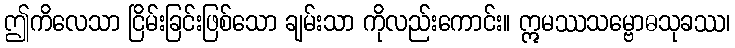
ဤကိလေသာ ငြိမ်းခြင်းဖြစ်သော ချမ်းသာ ကိုလည်းကောင်း။ ဣမဿသမ္ဗောဓသုခဿ၊